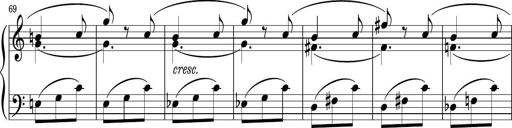
Title: Sonatina PandemÃ³nium
Composer: VÃ­ctor Carbajo
Key: C major